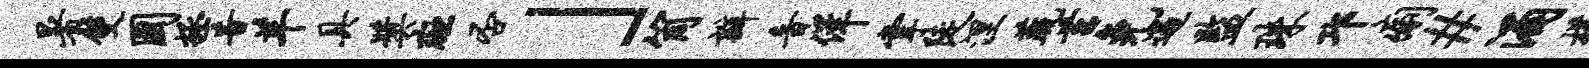
暑双国拯昔羊具奖斑否」筒瓣音佯掌陡涅蔬莒免遇监珠邛痢#涌槿